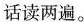
话读两遍。